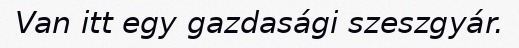
Van itt egy gazdasági szeszgyár.